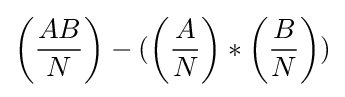
\left({\frac {AB}{N}}\right)-(\left({\frac {A}{N}}\right)*\left({\frac {B}{N}}\right))